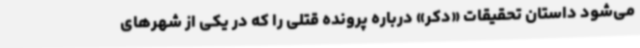
می‌شود داستان تحقیقات «دکر» درباره پرونده قتلی را که در یکی از شهرهای